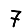
Digit: 7